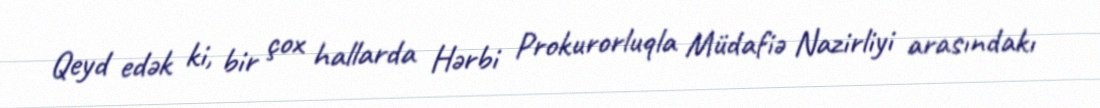
Qeyd edək ki, bir çox hallarda Hərbi Prokurorluqla Müdafiə Nazirliyi arasındakı